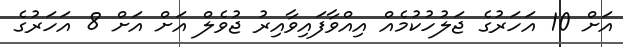
އަށް 10 އަހަރުގެ ޖަލުހުކުމެއް އިއްވާފައިވާއިރު ޖުވެލް އަށް އަށް 8 އަހަރުގެ